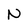
Character: N